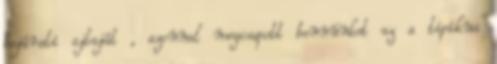
bejárati ajtaját , azonnal megcsapott bennünket az a tipikus